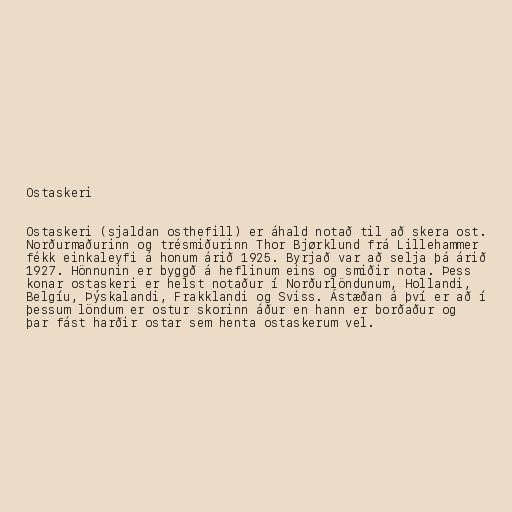
Ostaskeri

Ostaskeri (sjaldan osthefill) er áhald notað til að skera ost.
Norðurmaðurinn og trésmiðurinn Thor Bjørklund frá Lillehammer
fékk einkaleyfi á honum árið 1925. Byrjað var að selja þá árið
1927. Hönnunin er byggð á heflinum eins og smiðir nota. Þess
konar ostaskeri er helst notaður í Norðurlöndunum, Hollandi,
Belgíu, Þýskalandi, Frakklandi og Sviss. Ástæðan á því er að í
þessum löndum er ostur skorinn áður en hann er borðaður og
þar fást harðir ostar sem henta ostaskerum vel.